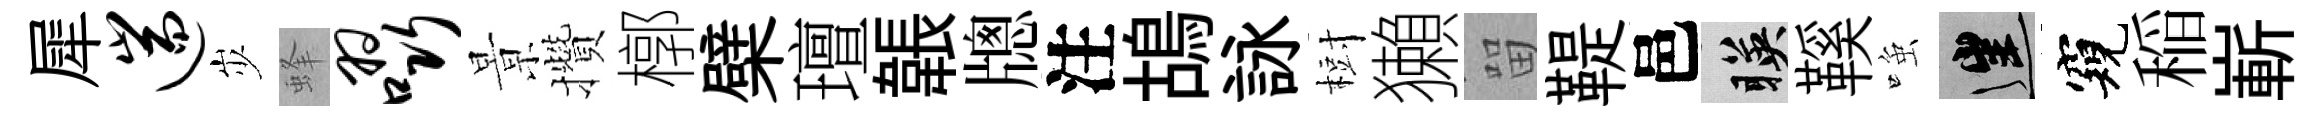
犀遄𡵯蜂啜㬌攢槨檗璮韔牕注鴣詠𣗳獺㽞鞮邑暎鞵𫪻往窺稲嶄